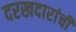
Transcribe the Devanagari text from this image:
दरखदारांची